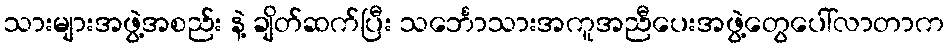
သားများအဖွဲ့အစည်း နဲ့ ချိတ်ဆက်ပြီး သင်္ဘောသားအကူအညီပေးအဖွဲ့တွေပေါ်လာတာက